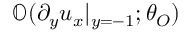
\mathbb { O } ( \partial _ { y } u _ { x } | _ { y = - 1 } ; \theta _ { O } )